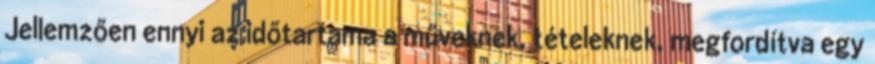
Jellemzően ennyi az időtartama a műveknek, tételeknek, megfordítva egy